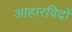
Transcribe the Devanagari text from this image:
आहारविदों